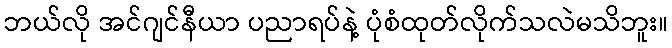
ဘယ်လို အင်ဂျင်နီယာ ပညာရပ်နဲ့ ပုံစံထုတ်လိုက်သလဲမသိဘူး။